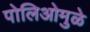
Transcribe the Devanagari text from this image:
पोलिओमुळे